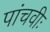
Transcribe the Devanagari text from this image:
पांचवीः